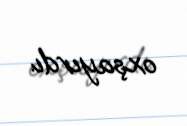
oxşayırdı.